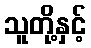
သူတို့နှင့်